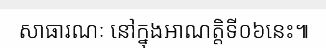
សាធារណៈ នៅក្នុងអាណត្តិទី០៦នេះ៕